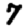
Digit: 7